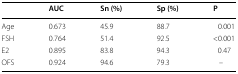
<table><thead><tr><td></td><td><b>AUC</b></td><td><b>Sn (%)</b></td><td><b>Sp (%)</b></td><td><b>P</b></td></tr></thead><tbody><tr><td>Age</td><td>0.673</td><td>45.9</td><td>88.7</td><td>0.001</td></tr><tr><td>FSH</td><td>0.764</td><td>51.4</td><td>92.5</td><td>&lt;0.001</td></tr><tr><td>E2</td><td>0.895</td><td>83.8</td><td>94.3</td><td>0.47</td></tr><tr><td>OFS</td><td>0.924</td><td>94.6</td><td>79.3</td><td>–</td></tr></tbody></table>